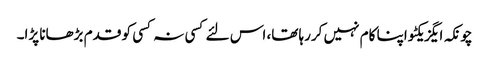
چونکہ ایگزیکٹو اپنا کام نہیں کررہا تھا، اس لئے کسی نہ کسی کو قدم بڑھانا پڑا۔